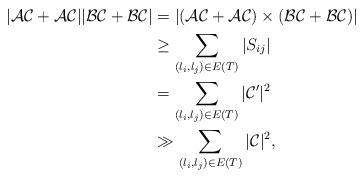
LaTeX: \begin{align*}|\mathcal{AC}+\mathcal{AC}||\mathcal{BC}+\mathcal{BC}|&=|(\mathcal{AC}+\mathcal{AC})\times{(\mathcal{BC}+\mathcal{BC})}|\\&\geq{\sum_{(l_i,l_j)\in{E(T)}}|S_{ij}|}\\&=\sum_{(l_i,l_j)\in{E(T)}}|\mathcal{C}'|^2 \\&\gg{\sum_{(l_i,l_j)\in{E(T)}}|\mathcal{C}|^2}, \end{align*}